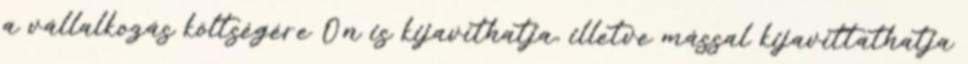
a vállalkozás költségére Ön is kijavíthatja, illetve mással kijavíttathatja